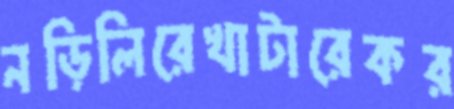
নড়িলিরেখাটারেকর